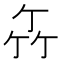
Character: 𥫮